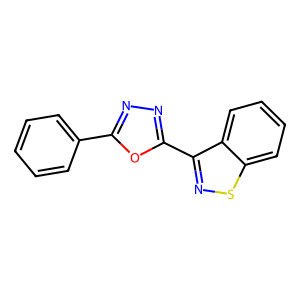
SMILES: c1ccc(-c2nnc(-c3nsc4ccccc34)o2)cc1
Inhibits HIV replication: No